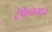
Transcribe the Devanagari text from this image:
ट्रॅफेलगार